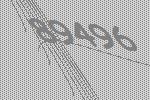
89496